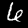
Label: 6